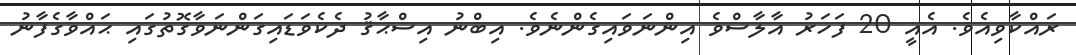
ރައްކާވިއެވެ. އެއީ 20 ފަހަރު އާލާސްވެ އިންނަވައިގެންނެވެ. އިބްނު އިސްޙާޤު ދެކެވަޑައިގަންނަވާގޮތުގައި ޙައްވާގެފާނު